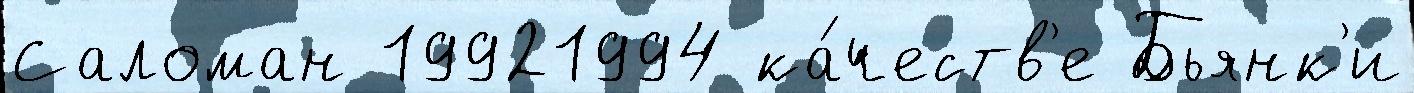
Саломан 19921994 ка́честв'е Бьянк'и